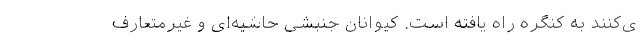
ی‌کنند به کنگره راه یافته است. کیوانان جنبشی حاشیه‌ای و غیرمتعارف